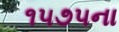
૧૫૭૫ના